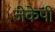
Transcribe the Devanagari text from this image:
जेकेपी